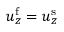
u _ { z } ^ { \mathrm { f } } = u _ { z } ^ { \mathrm { s } }